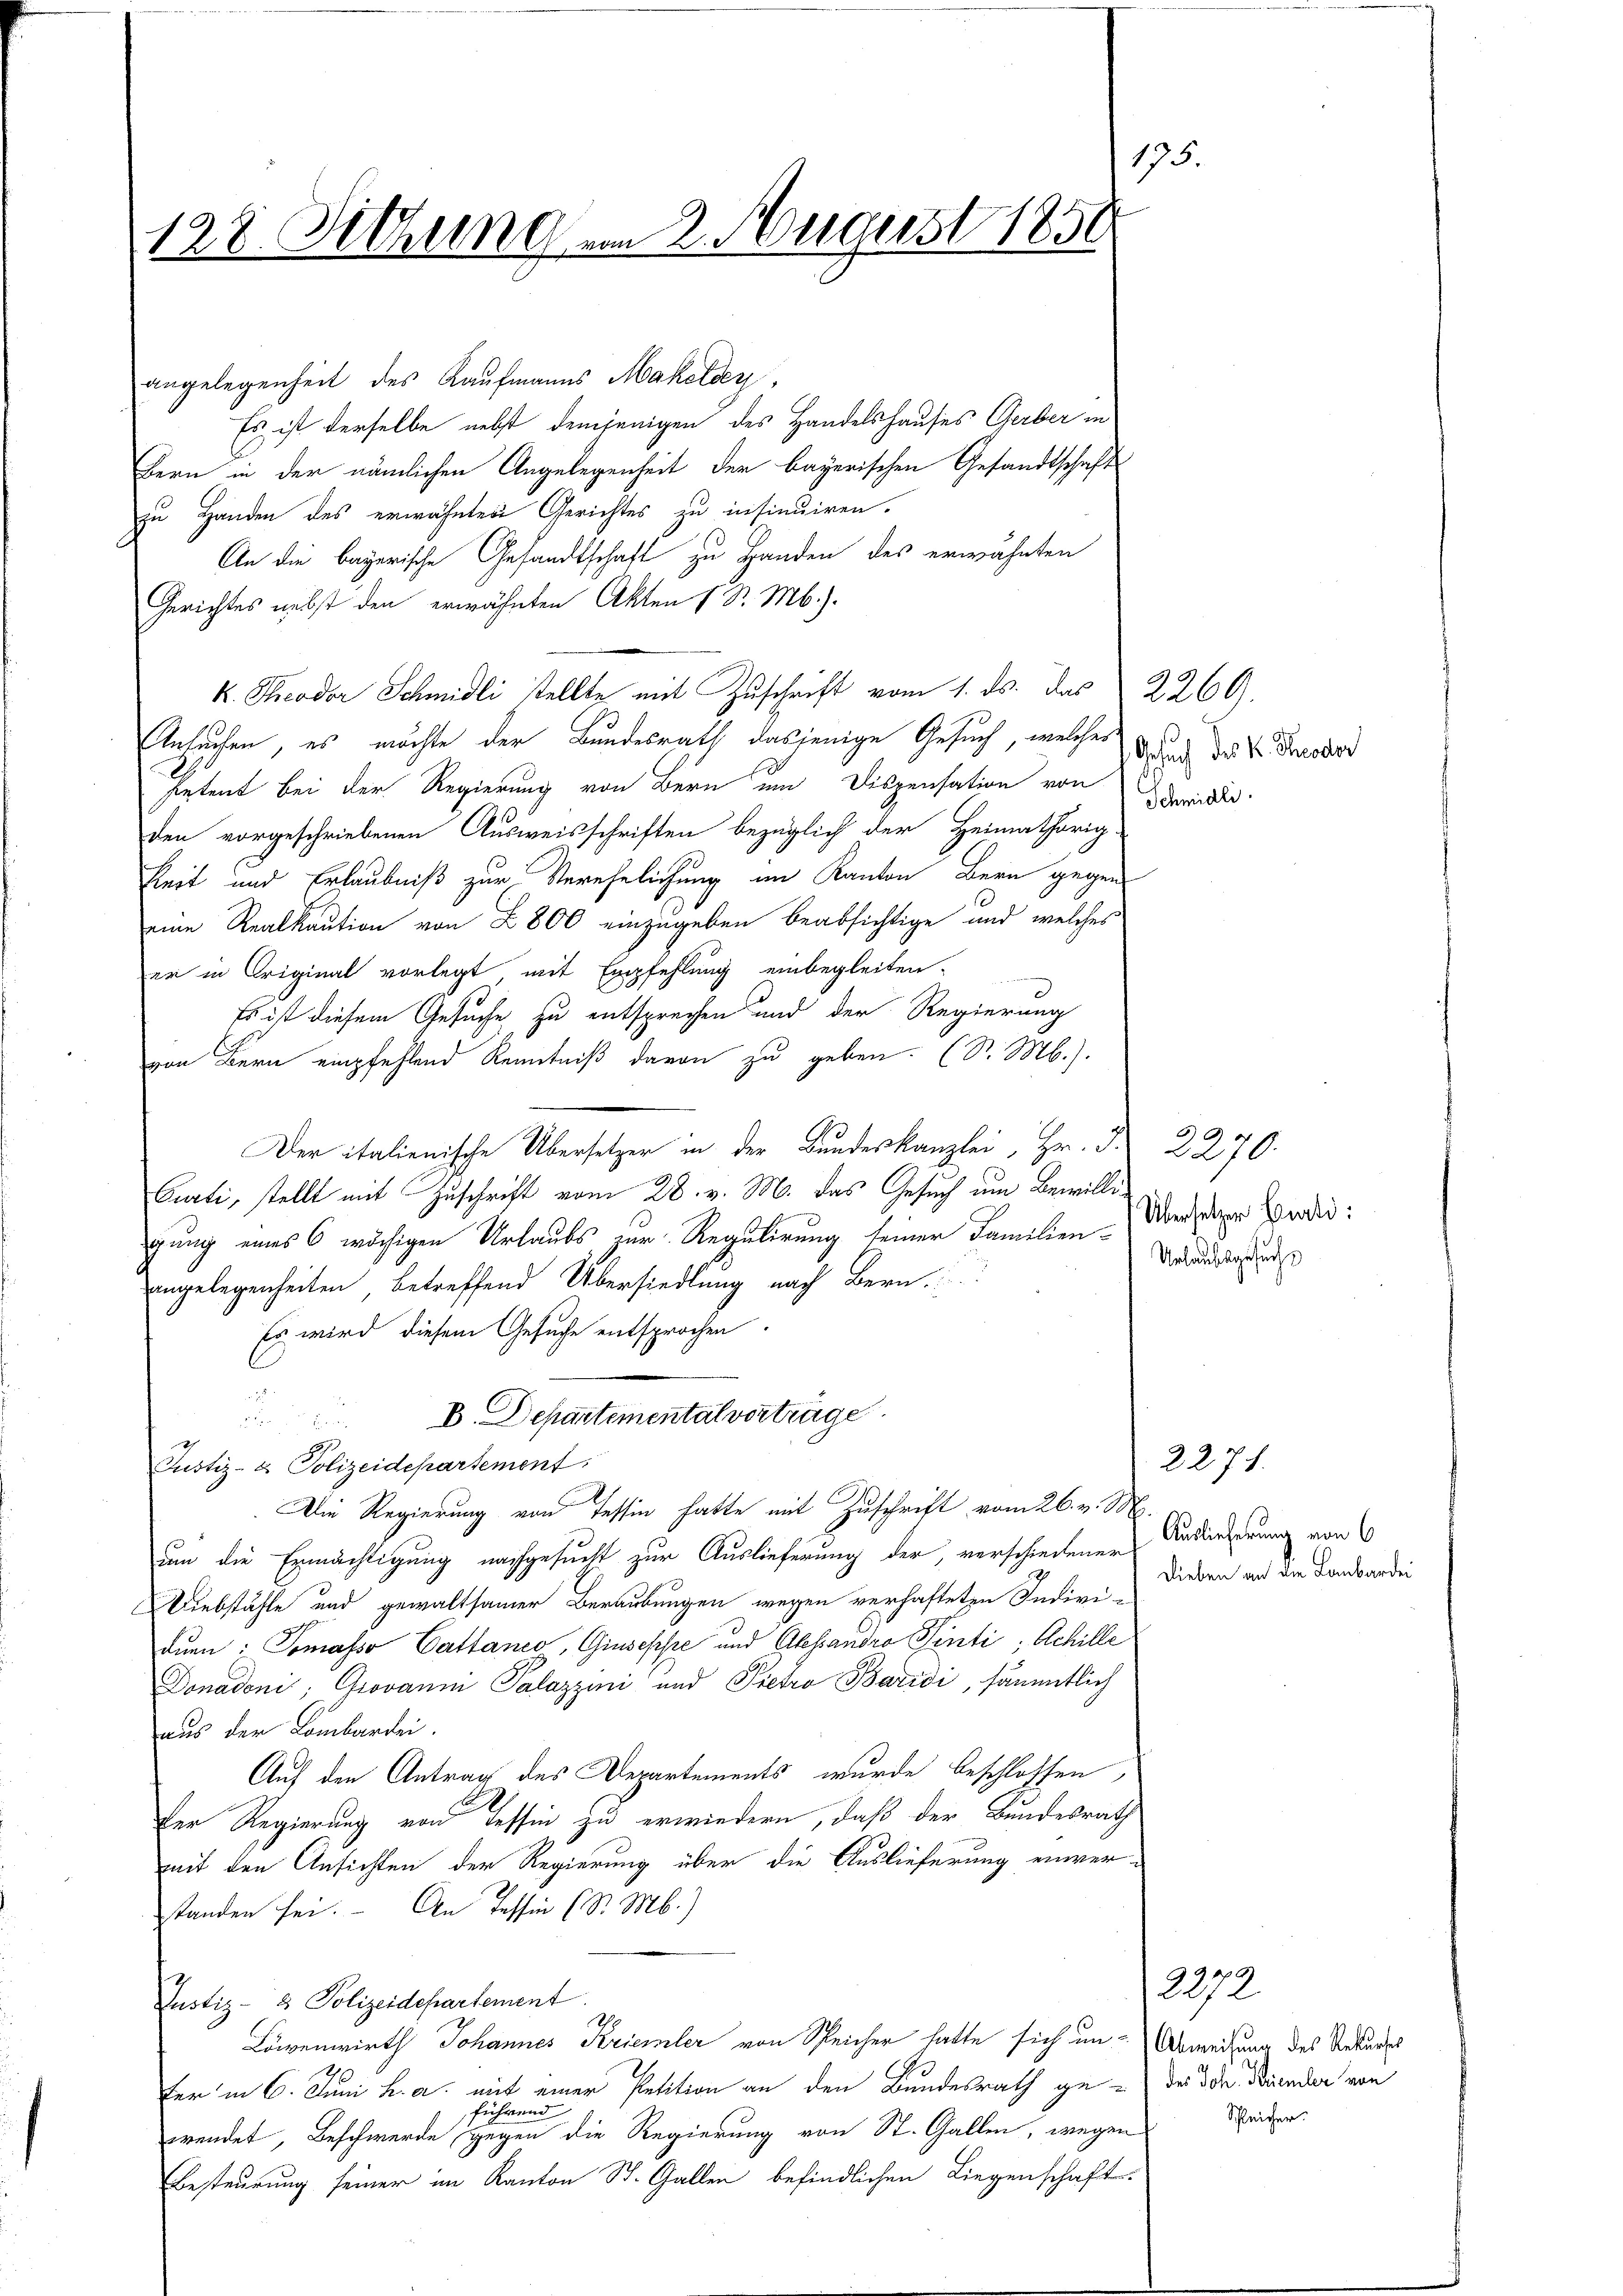
175.
128. Sitzung am 2. August 1858

angelegenheit des Kaufmanns Makelder,
Es ist derselbe nebst demjenigen des Handelshauses Gerber in
Bern in der nämlichen Angelegenheit der bayerischen Gesandtschaft
zu Handen des erwähnten Gerichtes zu insinuiren.
An die bayerische Gesandtschaft zu Handen des erwähnten
Gerichtes nebst den erwähnten Akten ( Sr. Mb.).
k. Theodor Schmidli stellte mit Zuschrift vom 1. ds. das 2260.
Ansuchen, es möchte der Bundesrath dasjenige Gesuch, welches
petent bei der Regierung von Bern um Dispensation von
den vorgeschriebenen Ausweisschriften bezüglich der Heimathörig.
keit und Erlaubniß zur Verehelichung im Kanton Bern gegen-
eine Realkaution von 2800 einzugeben beabsichtige und welches
er in Original vorlegt mit Empfehlung einbegleiten.
Es ist diesem Gesuche zu entsprechen und der Regierung
von Bern empfehlend Kenntniß davon zu geben. (S. M.).
Der italienische Übersetzer in der Bundeskanzlei Hr. Pr. 2270
Curti, stellt mit Zuschrift vom 28. v. M. das Gesuch um Bewilligung eines 6 wöchigen Urlaubs zur Regulirung seiner Familien - Überzeiger Bundes:
angelegenheiten, betreffend Übersiedlung nach Bern,
Es wird diesem Gesuche entsprochen.
D. Departemental verträge.

Justiz- & Polizeidepartement
Die Regierung von Tessin hatte mit Zuschrift vom 26. v. M.
um die Ermächtigung nachgesucht zur Auslieferung der, verschiedener Auslieferung von 6
Diebstähle und gewaltsamer Beraubungen wegen verhafteten Indivi-
dun: Tomasso Cattaneo, Giuseppe und Alessandro Senti; Achille
Donadoni; Grovanni Palazzini und Pietro Baridi, sämmtlich
aus der Lombardei.
Auf den Antrag des Departements, wurde beschlossen
Der Regierung von Tessin zu erwiedern, daß der Bundesrath
mit den Ansichten der Regierung über die Auslieferung einverstanden sei. An Tessin (S. M.)
Justiz- & Polizeidepartement.
Löwenwirth Johannes Kriemler von Speicher hatte sich um-Abweisung des Urkundes
fer in 6. Juni h. a. mit einer Petition an den Bundesrath ge-
führend
wendet, Beschwerde gegen die Regierung von St. Gallen, wegen
Besteurung seiner im Kanton St. Gallen befindlichen Liegenschaft

Gesuch des K. Theodor
Schmidli

Urlaubsgesuchs

dieben an die Laubardei

2271.

2272.
des Joh. Kriemler von
Schleicher.